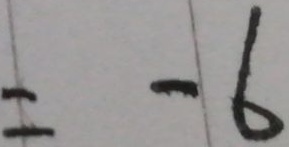
= - 6